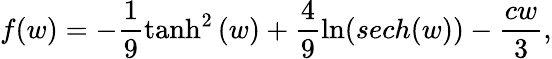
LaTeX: f(w)=-\frac{1}{9}\operatorname{tanh}^{2}{\left(w\right)}+\frac{4}{9}\ln(sech(w))-\frac{cw}{3},